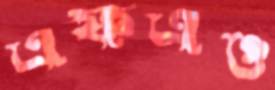
এফএও